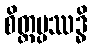
စိတ္တပ္ပဿဒ္ဓိ